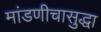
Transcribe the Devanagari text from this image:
मांडणीचासुद्धा